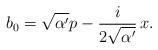
LaTeX: \begin{align*}b_0=\sqrt{\alpha'}p-\frac{i}{2\sqrt{\alpha'}}\,x. \end{align*}